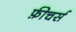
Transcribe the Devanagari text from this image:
फ़ीचर्स